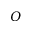
O